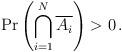
LaTeX: \begin{align*}\Pr \left(\bigcap_{i=1}^N \overline{A_i}\right)>0\,.\end{align*}